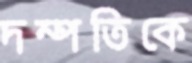
দম্পতিকে